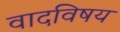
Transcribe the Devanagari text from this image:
वादविषय